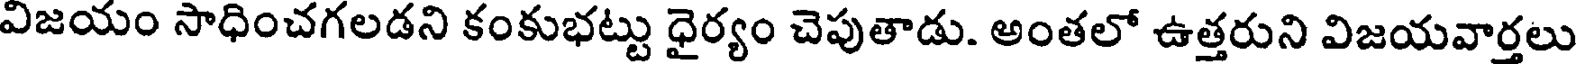
విజయం సాధించగలడని కంకుభట్టు ధైర్యం చెపుతాడు. అంతలో ఉత్తరుని విజయవార్తలు